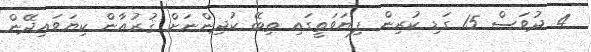
4 ދުވަސް 15 ގަޑި ކުރިން ފިޔަވަތީގައި ތިބޭ ކުދިންނަށް ޤުރުއާން ކިޔަވައިދޭން